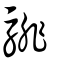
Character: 騑